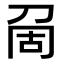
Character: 𠜦